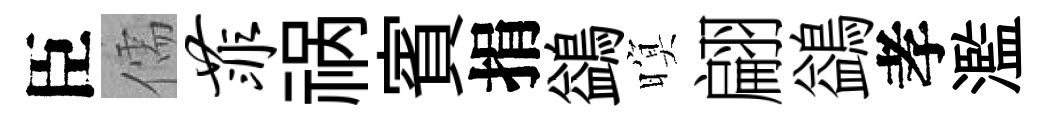
臣儒菲祸賓捐鷁暝翩鷁孝濫